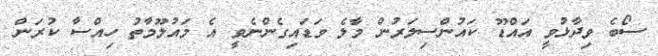
ސޯބެ ވިދާޅުވީ އައްޑޫ ކައުންސިލަރުން މާލެ ވަޑައިގެންނެވީ އެ މައުލޫމާތު ހިއްސާ ކުރަން